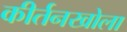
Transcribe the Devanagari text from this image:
कीर्तनखोला